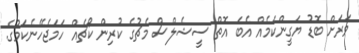
ވަރަށް ބޮޑު ޔަގީންކަމެއް އެބަ އޮތް ސީޝެލްސް މެޗުގެ ކުރިން ކޯޗެއް ހަމަޖެހޭނެކަމުގެ.